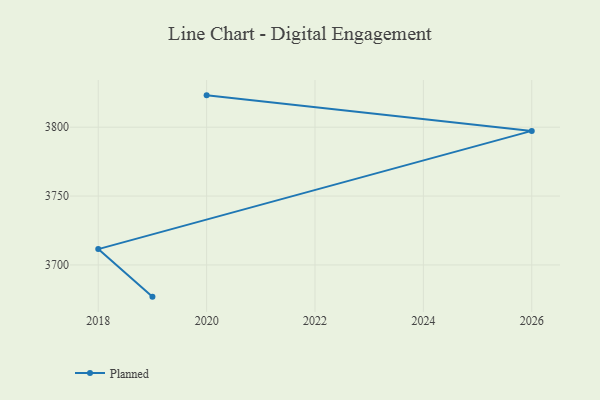
{"axis": {"x": "Year", "y": "Tickets Resolved"}, "legend": ["Planned"], "data": [{"x": "2020", "y": 3823.1, "type": "Planned"}, {"x": "2026", "y": 3797.3, "type": "Planned"}, {"x": "2018", "y": 3711.5, "type": "Planned"}, {"x": "2019", "y": 3677.0, "type": "Planned"}]}